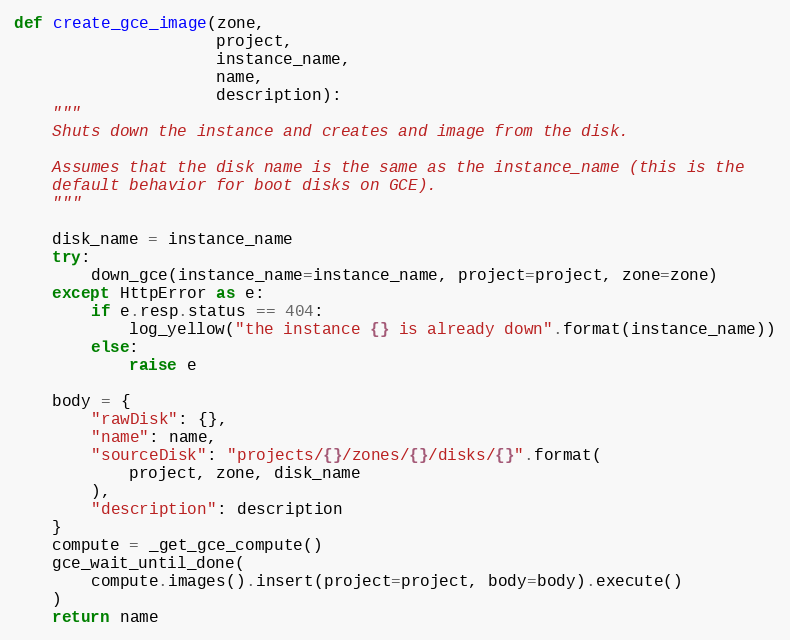
Language: Python
def create_gce_image(zone,
                     project,
                     instance_name,
                     name,
                     description):
    """
    Shuts down the instance and creates and image from the disk.

    Assumes that the disk name is the same as the instance_name (this is the
    default behavior for boot disks on GCE).
    """

    disk_name = instance_name
    try:
        down_gce(instance_name=instance_name, project=project, zone=zone)
    except HttpError as e:
        if e.resp.status == 404:
            log_yellow("the instance {} is already down".format(instance_name))
        else:
            raise e

    body = {
        "rawDisk": {},
        "name": name,
        "sourceDisk": "projects/{}/zones/{}/disks/{}".format(
            project, zone, disk_name
        ),
        "description": description
    }
    compute = _get_gce_compute()
    gce_wait_until_done(
        compute.images().insert(project=project, body=body).execute()
    )
    return name